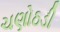
ચણોઠડી